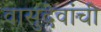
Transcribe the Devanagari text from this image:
वासुदेवांची